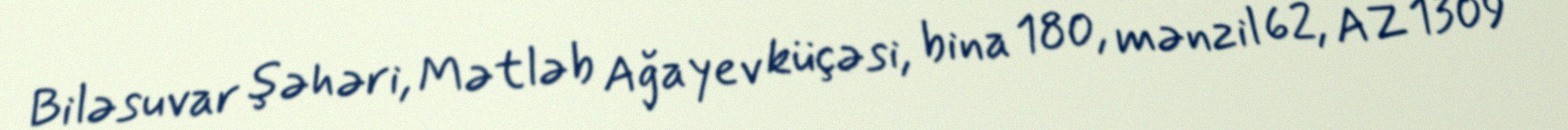
Biləsuvar şəhəri, Mətləb Ağayev küçəsi, bina 180, mənzil 62, AZ 1309